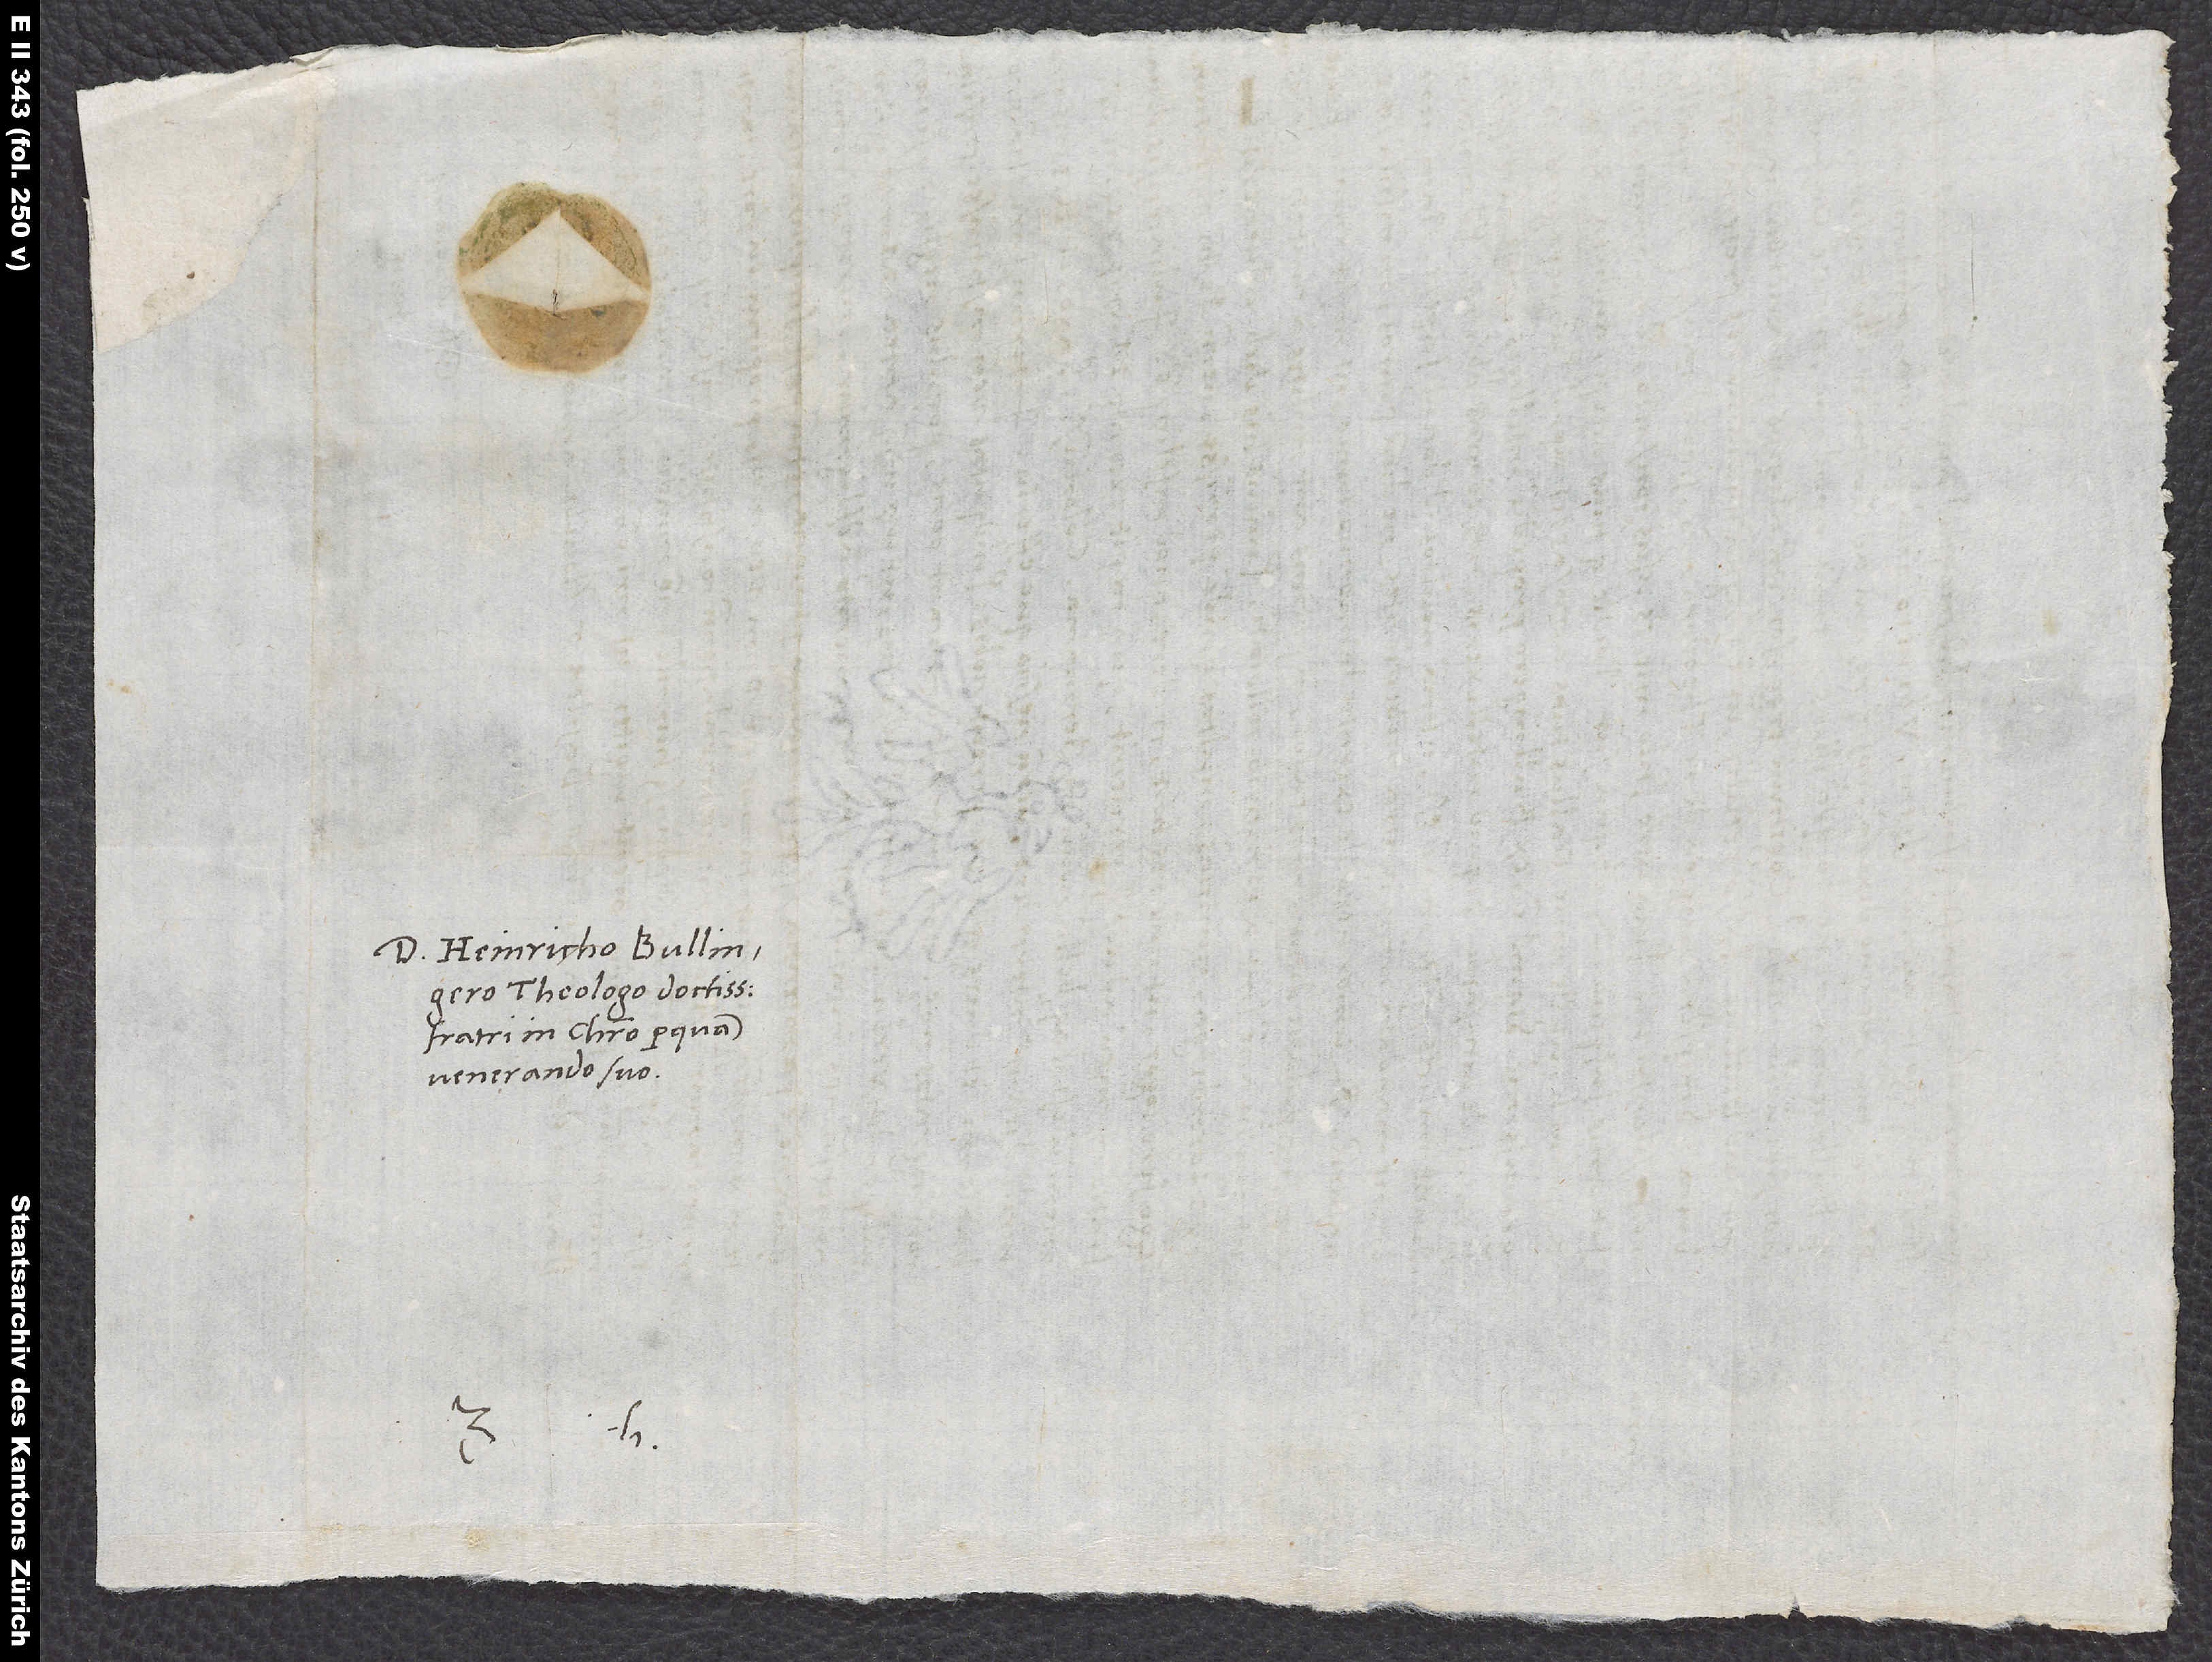
Domino Heinricho Bullingero,
theologo doctissimo,
fratri in Christo perquam
venerando suo.